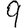
Digit: 9